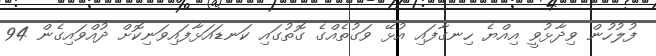
ފުލުހުން ވިދާޅުވީ އިއްޔެ ހިނގާފައި އުޅޭ ވަގުތެއްގެ ގޮތުގައި ކަނޑައަޅާފައިވަނިކޮށް ދުއްވައިގެން 94